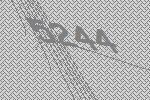
5244